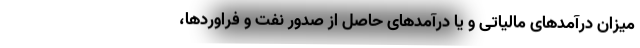
میزان درآمدهای مالیاتی و یا درآمدهای حاصل از صدور نفت و فراوردها،